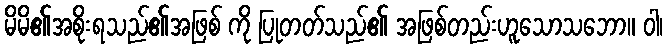
မိမိ၏အစိုးရသည်၏အဖြစ် ကို ပြုတတ်သည်၏ အဖြစ်တည်းဟူသောသဘော။ ဝါ၊